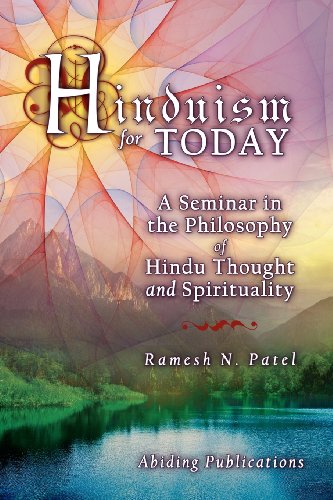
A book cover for Hinduism for Today: A Seminar in the Philosophy of Hindu Thought and Spirituality; Ramesh N. Patel; Religion & Spirituality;